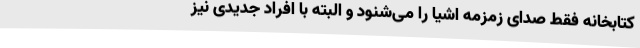
کتابخانه فقط صدای زمزمه اشیا را می‌شنود و البته با افراد جدیدی نیز